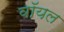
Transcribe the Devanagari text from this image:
वॉयल